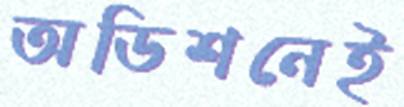
অডিশনেই